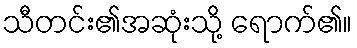
သီတင်း၏အဆုံးသို့ ရောက်၏။